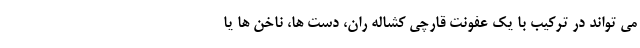
می تواند در ترکیب با یک عفونت قارچی کشاله ران، دست ها، ناخن ها یا